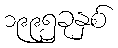
၁၉၉၅ခုနှစ်